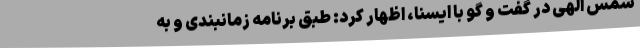
شمس الهی در گفت و گو با ایسنا، اظهار کرد: طبق برنامه زمانبندی و به